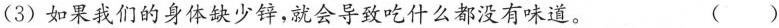
(3) 如果我们的身体缺少锌，就会导致吃什么都没有味道。 ( )